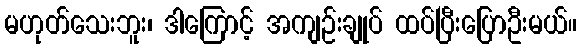
မဟုတ်သေးဘူး၊ ဒါကြောင့် အကျဉ်းချုပ် ထပ်ပြီးပြောဦးမယ်။